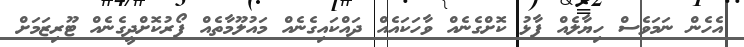
އެހެން ނަމަވެސް ހިޔާލެއް ފާޅު ކޮށްގެނެއް ވާހަކައެއް ދައްކައިގެނެއް މައުލޫމާތެއް ފޯރުކޮށްދީގެނެއް ޓޫރިޒަމަށް